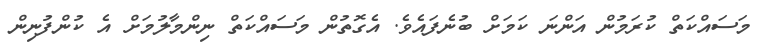
މަސައްކަތް ކުރަމުން އަންނަ ކަމަށް ބުނެފައެވެ. އެގޮތުން މަސައްކަތް ނިންމާލުމަށް އެ ކުންފުނިން